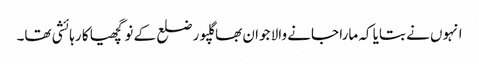
انہوں نے بتایا کہ مارا جانے والا جوان بھاگلپور ضلع کے نوگچھیا کا رہائشی تھا۔